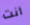
أنت